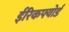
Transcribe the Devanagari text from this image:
ईरिकफ्योर्ड